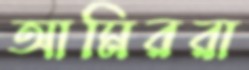
আমিররা